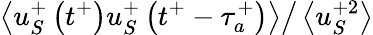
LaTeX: \left.\left<u_{S}^{+}\left(t^{+}\right)u_{S}^{+}\left(t^{+}-\tau_{a}^{+}\right)\right>\right/\left<u_{S}^{+2}\right>